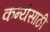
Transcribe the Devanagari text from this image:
कन्येसाठी